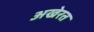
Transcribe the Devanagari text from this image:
अखेरत